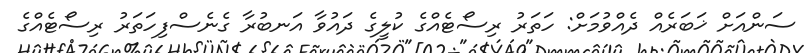
ސަންއަށް ޚަބަރެއް ދެއްވުމަށް: ހަތަރު ރިސޯޓެއްގެ ކުލީގެ ދައުވާ އަނބުރާ ގެނެސްފިހަތަރު ރިސޯޓެއްގެ